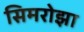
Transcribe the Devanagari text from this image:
सिमरोझा